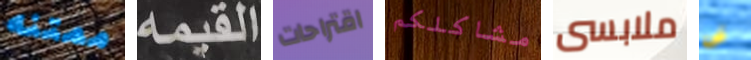
ممتنه القيمه اقتراحات مشاكلكم ملابسى فى